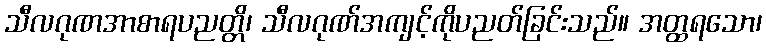
သီလဂုဏအာစာရပညတ္တိ၊ သီလဂုဏ်အကျင့်ကိုပညတ်ခြင်းသည်။ အတ္ထရသော၊